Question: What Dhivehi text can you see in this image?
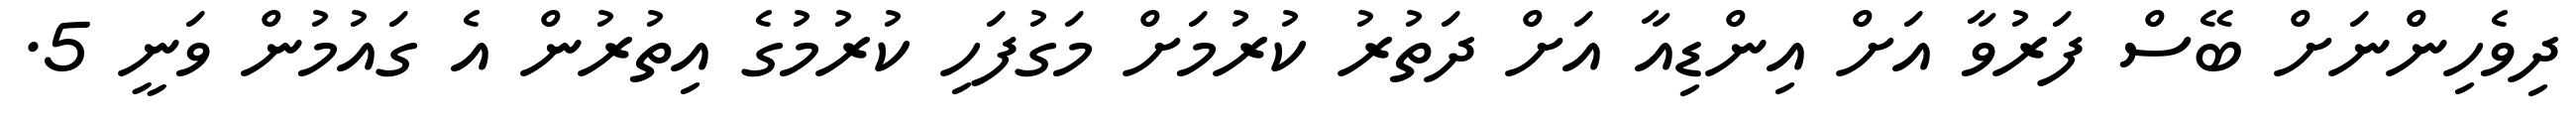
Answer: ދިވެހިންނަށް ބޭސް ފަރުވާ އަށް އިންޑިއާ އަށް ދަތުރު ކުރުމަށް މަގުފަހި ކުރުމުގެ އިތުރުން އެ ގައުމުން ވަނީ 5.